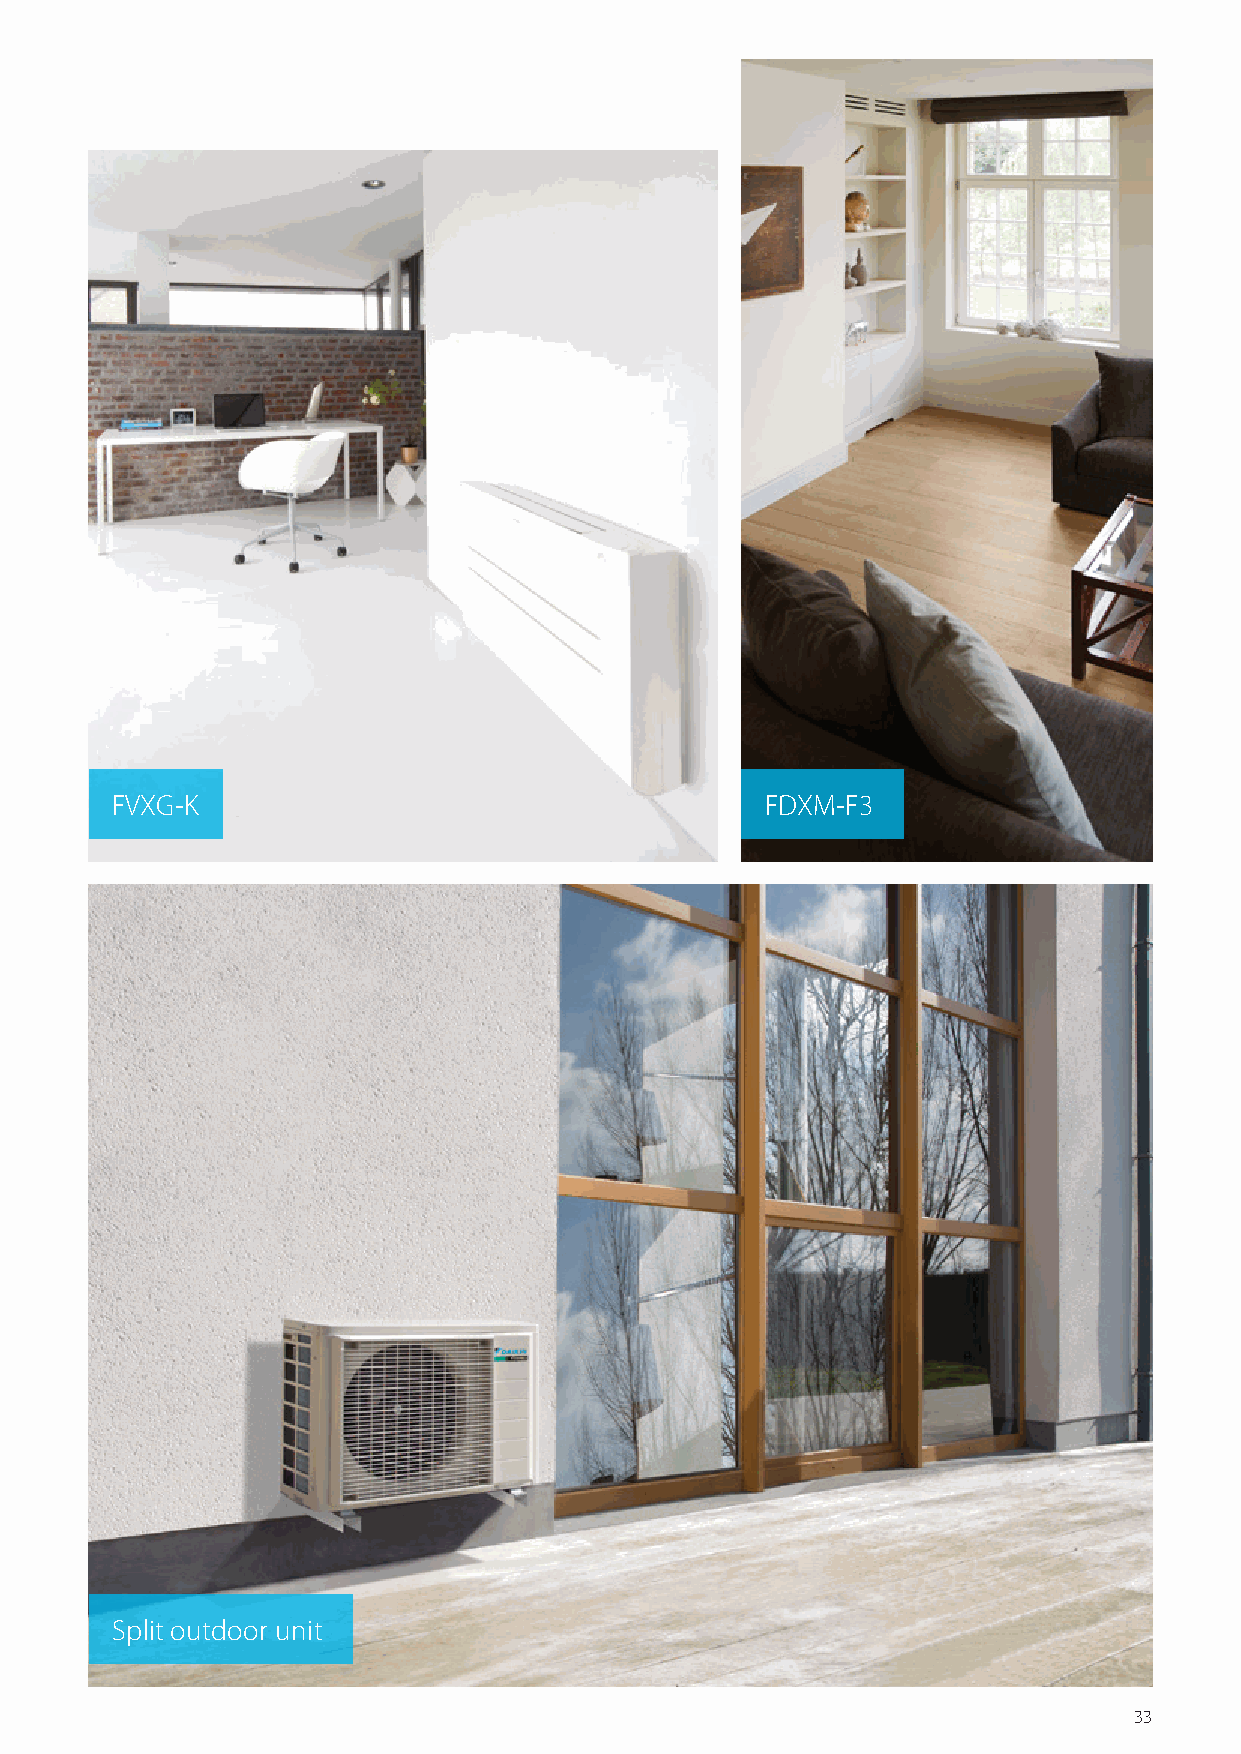
Floor Round flow Fully flat Ceiling Concealed floor Hybrid
 Wall mounted Concealed ceiling
 stainding cassette cassette suspended standing heat pump
 FTXJ-MW/S CTXM-M FTXM-M FTXP-K3 FDXM-F3 FBA-A FVXM-F FCAG-A FFA-A FHA-A FNA-A CHYHBH-AV32
 Connectable
 20 25 35 50 15 20 25 35 42 50 60 71 20 25 35 25 35 50 60 35 50 60 25 35 50 35 50 60 25 35 50 60 35 50 60 25 35 50 60 05 08
 indoor units
 2MXM40M • • • • • • • • • • • •
 2MXM50M9 • • • • • • • • • • • • • • • • • • • • • • FVXG-K FDXM-F3
 3MXM40N • • • • • • • • • • • • • • • • • •
 3MXM52N • • • • • • • • • • • • • • • • • • • • • • • • • • • • •
 3MXM68N • • • • • • • • • • • • • • • • • • • • • • • • • • • • • • • • • • • •
 4MXM68N • • • • • • • • • • • • • • • • • • • • • • • • • • • • • • • • • • • •
 4MXM80N • • • • • • • • • • • • • • • • • • • • • • • • • • • • • • • • • • • • • •
 5MXM90N • • • • • • • • • • • • • • • • • • • • • • • • • • • • • • • • • • • • • •
 Split outdoor unit
 33